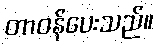
တာဝန်ပေးသည်။